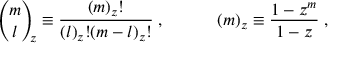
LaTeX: { \binom { m } { l } } _ { \! \! z } \equiv \frac { ( m ) _ { z } ! } { ( l ) _ { z } ! ( m - l ) _ { z } ! } \; , \; \; \; \; \; \; \; \; \; \; \; ( m ) _ { z } \equiv \frac { 1 - z ^ { m } } { 1 - z } \; ,